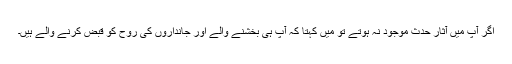
اگر آپ میں آثارِ حدث موجود نہ ہوتے تو میں کہتا کہ آپ ہی بخشنے والے اور جانداروں کی روح کو قبض کرنے والے ہیں۔